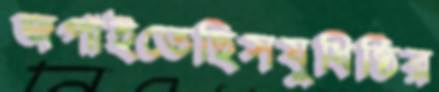
জপাইতেছিসযুধিষ্ঠির